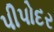
પીપોદર